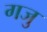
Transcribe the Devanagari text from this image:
गजु